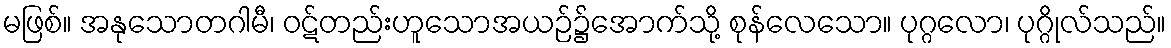
မဖြစ်။ အနုသောတဂါမီ၊ ဝဋ်တည်းဟူသောအယဉ်၌အောက်သို့ စုန်လေသော။ ပုဂ္ဂလော၊ ပုဂ္ဂိုလ်သည်။